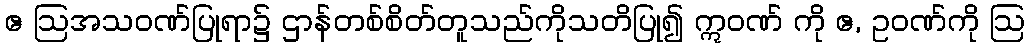
ဧ ဩအသဝဏ်ပြုရာ၌ ဌာန်တစ်စိတ်တူသည်ကိုသတိပြု၍ ဣဝဏ် ကို ဧ, ဥဝဏ်ကို ဩ